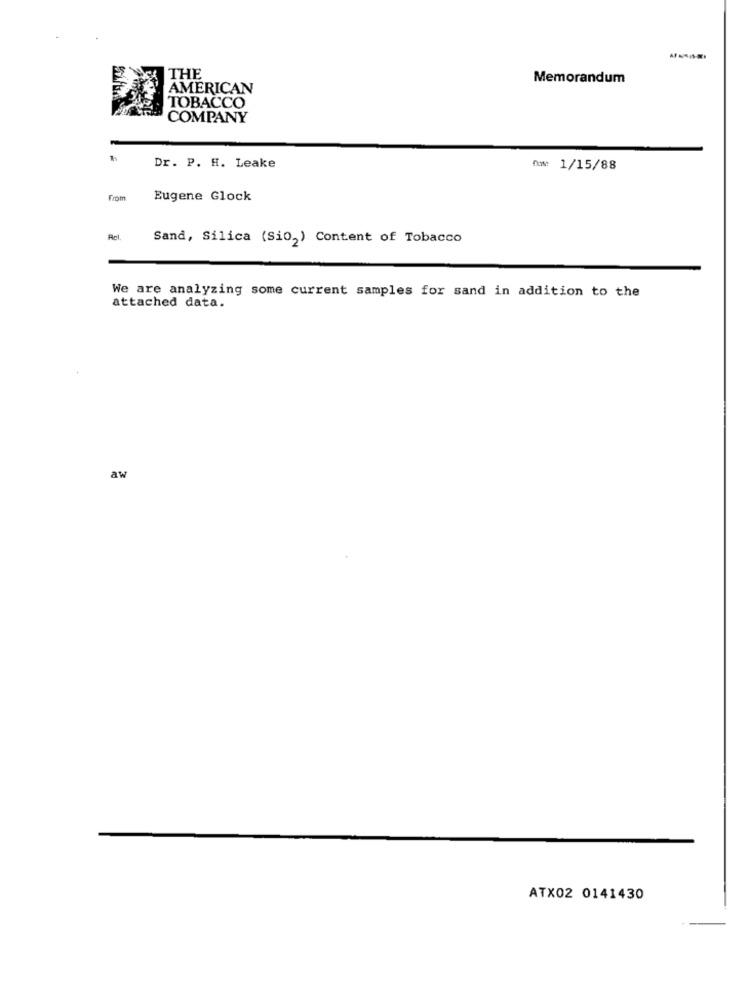
THE
Memorandum
AMERICAN
TOBACCO
COMPANY
Dr. P. H. Leake
A: 1/15/88
From
Eugene Glock
Acl.
Sand, Silica (Sio2) Content of Tobacco
We are analyzing some current samples for sand in addition to the
attached data.
aw
ATX02 0141430